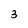
Character: 3